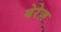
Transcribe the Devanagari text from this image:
बेरेज़